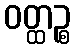
ဝတ္ထဉ္စ